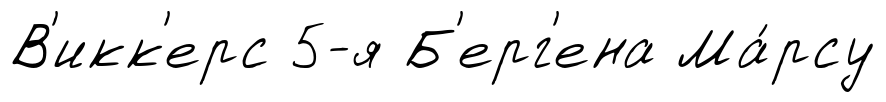
В'икк'ерс 5-я Б'ерг'ена Ма́рсу